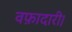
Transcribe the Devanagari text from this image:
वफ़ादारी।